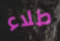
طلاء